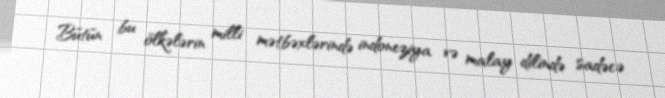
Bütün bu ölkələrin milli mətbəxlərində indoneziya və malay dilində sadəcə